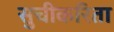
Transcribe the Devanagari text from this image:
सुचीकरिता